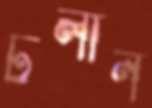
ঢলান